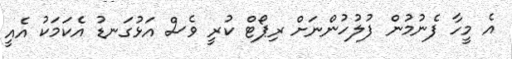
އެ މީހާ ފެނުމުން ފުލުހުންނަށް ރިޕޯޓް ކުރީ ވެސް އަޅުގަނޑު އެކަމަކު އެއީ